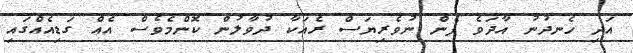
އަދި ހެނދުނު އާދަވެ ފެން ނުވެރިޔަސް ރެއަކާ ދުވާލުން ކޮންމެވެސް އެއް ގަޑިއެއްގައި